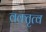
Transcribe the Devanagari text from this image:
वक्‍तृत्‍व